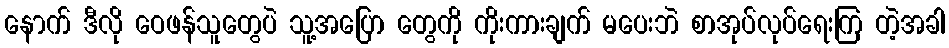
နောက် ဒီလို ဝေဖန်သူတွေပဲ သူ့အပြော တွေကို ကိုးကားချက် မပေးဘဲ စာအုပ်လုပ်ရေးကြ တဲ့အခါ